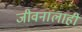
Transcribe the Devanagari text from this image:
जीवनालाही